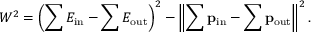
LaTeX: W ^ { 2 } = \left( \sum E _ { \mathrm { i n } } - \sum E _ { \mathrm { o u t } } \right) ^ { 2 } - \left\| \sum \mathbf { p } _ { \mathrm { i n } } - \sum \mathbf { p } _ { \mathrm { o u t } } \right\| ^ { 2 } .